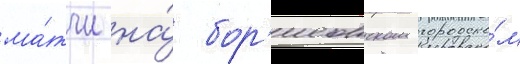
ма́тчи на́ бор'исовском городско́м